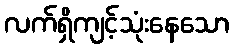
လက်ရှိကျင့်သုံးနေသော